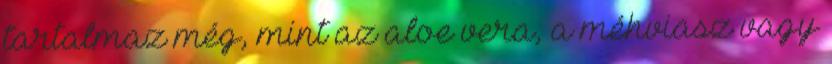
tartalmaz még, mint az aloe vera, a méhviasz vagy